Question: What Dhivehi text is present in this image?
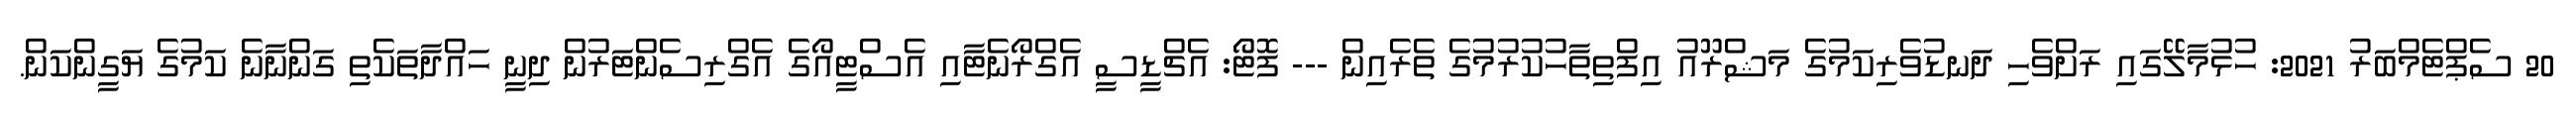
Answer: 20 ސެޕްޓެމްބަރު 2021: ހުޅުމާލޭގައި ރަށްވެހި ދަނޑުވެރިކަމުގެ މަޝްރޫއު އިފްތިތާހުކުރުމުގެ ތެރެއިން --- ފޮޓޯ: އެޗްޑީސީ އެގްރޯނެޓާއި އެސްޓީއޯގެ އެގްރިސެންޓަރުން ދިނީ ހައްދާތަކެތި ގަންނާނެ ކަމުގެ ޔަގީންކަން.